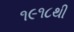
૧૯૧૮થી